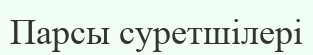
Парсы суретшілері